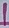
Text: 1